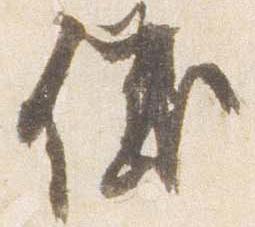
儀